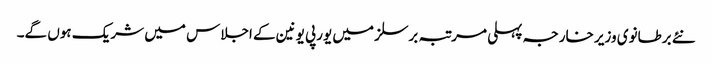
نئے برطانوی وزیر خارجہ پہلی مرتبہ برسلز میں یورپی یونین کے اجلاس میں شریک ہوں گے۔